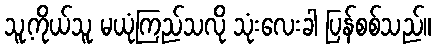
သူ့ကိုယ်သူ မယုံကြည်သလို သုံးလေးခါ ပြန်စစ်သည်။